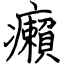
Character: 癩